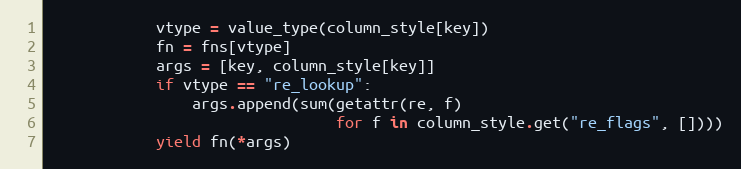
Language: Python
            vtype = value_type(column_style[key])
            fn = fns[vtype]
            args = [key, column_style[key]]
            if vtype == "re_lookup":
                args.append(sum(getattr(re, f)
                                for f in column_style.get("re_flags", [])))
            yield fn(*args)